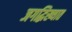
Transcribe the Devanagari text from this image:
जगद्धिख्यात